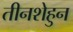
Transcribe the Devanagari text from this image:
तीनशेहुन